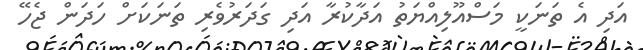
އަދި އެ ތަނަކީ މަސްއޫލިއްޔަތު އަދާކުރާ އަދި ގަދަރުވެރި ތަނަކަށް ހަދަން ޖެހޭ